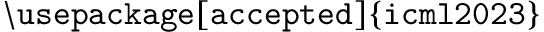
\mathtt { \backslash u s e p a c k a g e [ a c c e p t e d ] \{ i c m l 2 0 2 3 \} }